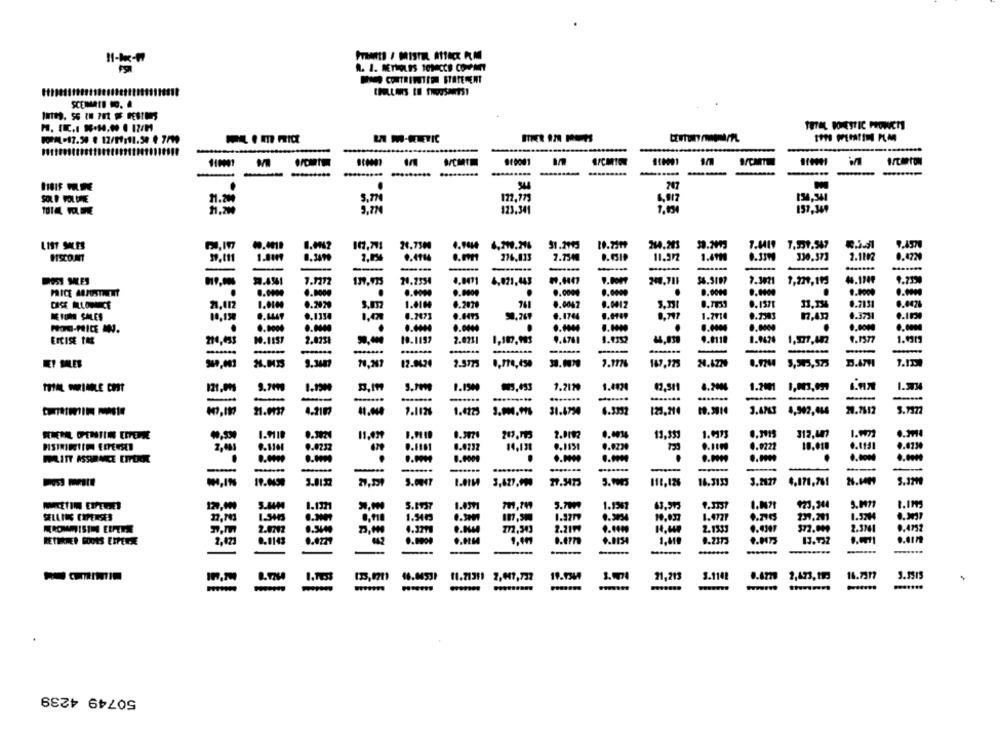
11-1x-19
MA CITRINTEEN STATEMENT
TOTAL DOMESTIC PRONICT
LA W-HERETIC
110001
960001
A/CMION
-----
-
---
-......
707
SOLD POLONE
11.200
5.774
122,779
6.917
9,774
123.341
1.034
157,369
117,701
31.2993
214.203
7.1419 7,359.547
LIST SALES
24.7500
ISCOUNT
.. 4114
276,833
7.73€
11.972
1.411
330.373
20.2354
4.0471
4,021,443
240.711
7.3021
1,229,11J
4.1940
PRICE ADJUSTMENT
.
9.9900
9.0004
0.0000
0.0004
9.9000
21,412
0.2020
1.4100
6.2070
761
0.0042
0.0012
0.1371
0.2131
s.m
ME FOR SALES
0.1354
0.247]
6.1744
1.7914
0.3731
0.0000
0.0000
.
.
ERCISE IME
19.1192
2.0231
1,107,993
9.4761
1.4352
4.0110
0.9424
1,577,452
9.1577
-
-
-..
-
9.34m
12.9424
2.5773
0.774,450
3.17
7.117%
147,123
24.422
0.9244
EY SALES
4.2006
1.2001
1.9734
121,99
1.2129
1.402
...
--
21.0137
4.2107
1.4225
31.4754
123,210
3.4243
20.7612
5.1377
0.3821
11.039
0.3074
2.0192
1.9173
312,407
1.001
0.3114
14,138
0.0222
18.018
0.0130
0.0252
0.1181
FRITT ASSURANCE ETTERIE
8.0009
.....
.......
-
--
-
--
₩,IN
3.8137
27,551
5.0047
3,427,990
110,126
16.3133
3.2127
4.171,781
5.371
S.N4M
S.NM
1.4371
5.79?
1.1341
1.3337
123,344
5.8737
SELLING EXPENSES
17.703
.. 110
1.3403
1.37TV
10.037
1.4771
237.201
1.92H
372,099
0.4952
2.0707
772,543
2.21W
2.153J
2.3741
2,423
8.1143
0.0227
0.9900
4.9154
9.2373
13.732
-
----
135,921
11.71311 2,941,737
19.134
1.ml
21,213
3.1142
0.6779 2,473, 19:
11.7317
--
-
50749 4239